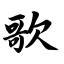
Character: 歌